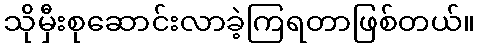
သိုမှီးစုဆောင်းလာခဲ့ကြရတာဖြစ်တယ်။